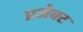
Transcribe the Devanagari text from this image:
प्रजेक्ट